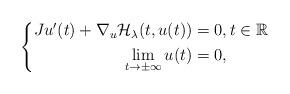
LaTeX: \begin{align*}\left\{\begin{aligned}Ju'(t)+\nabla_u \mathcal{H}_\lambda(t,u(t))&=0,t\in\mathbb{R}\\\lim_{t\rightarrow\pm\infty}u(t)&=0,\end{aligned}\right.\end{align*}